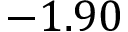
- 1 . 9 0